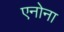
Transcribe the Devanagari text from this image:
एनोना